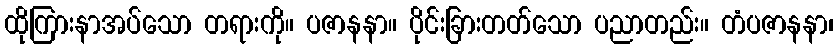
ထိုကြားနာအပ်သော တရားကို။ ပဇာနနာ။ ပိုင်းခြားတတ်သော ပညာတည်း။ တံပဇာနနာ၊